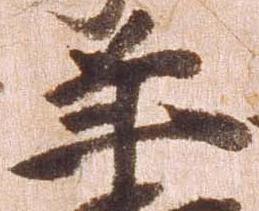
年